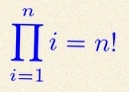
\prod_{i=1}^{n}i=n!